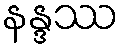
နန္ဒဿ